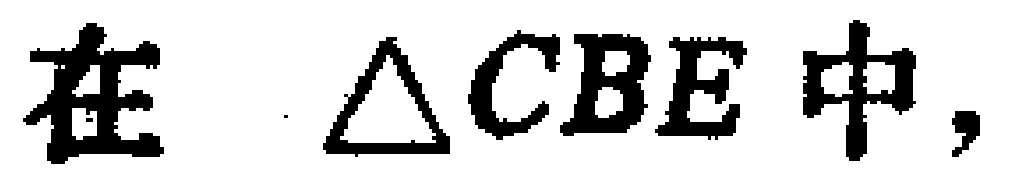
在 $\triangle CBE$ 中，